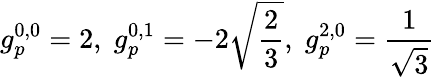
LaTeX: g_{p}^{0,0}=2,\; g_{p}^{0,1}=-2\sqrt{\frac{2}{3}},\; g_{p}^{2,0}=\frac{1}{\sqrt{3}}